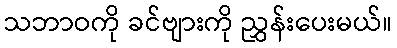
သဘာဝကို ခင်ဗျားကို ညွှန်းပေးမယ်။